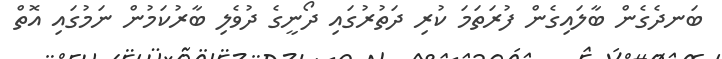
ބަނދެގެން ބާލައިގެން ފުރަތަމަ ކުރި ދަތުރުގައި ދޯނީގެ ދުވެލި ބާރުކަމުން ނަމުގައި އޮތް